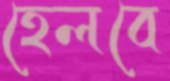
হেলবে